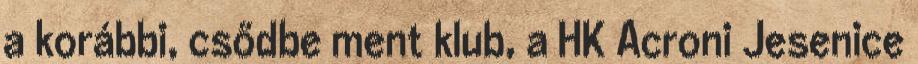
a korábbi, csődbe ment klub, a HK Acroni Jesenice